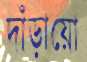
দাঁড়ায়ো